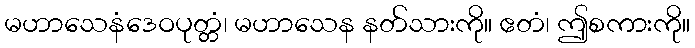
မဟာသေနံဒေဝပုတ္တံ၊ မဟာသေန နတ်သားကို။ ဧတံ၊ ဤစကားကို။